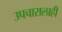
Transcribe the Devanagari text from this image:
उपचारालाही